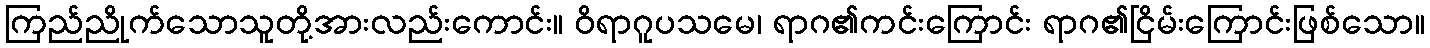
ကြည်ညိုက်သောသူတို့အားလည်းကောင်း။ ဝိရာဂူပသမေ၊ ရာဂ၏ကင်းကြောင်း ရာဂ၏ငြိမ်းကြောင်းဖြစ်သော။